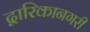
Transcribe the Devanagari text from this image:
द्वारिकानगरी